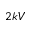
2 k V